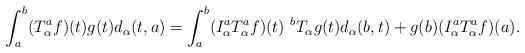
LaTeX: \begin{align*}\int_a^b (T_\alpha^a f)(t) g(t) d_\alpha (t,a)=\int_a^b (I_\alpha ^aT_\alpha^a f)(t) ~ ^{b}T_\alpha g(t) d_\alpha (b,t)+g(b) (I_\alpha^a T_\alpha^a f)(a).\end{align*}